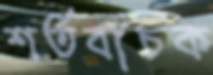
শর্তবাচক